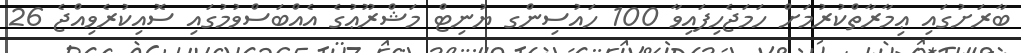
ބާރަށުގައި ޢިމާރާތްކުރުމަށް ހަމަޖެހިފައިވާ 100 ހައުސިންގ ޔުނިޓް މަޝްރޫޢުގެ އެއްބަސްވުމުގައި ސޮއިކުރެވިއްޖެ 26